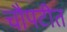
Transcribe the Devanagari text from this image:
चौपटीत